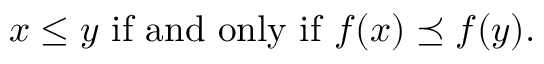
x \leq y { \mathrm { ~ i f ~ a n d ~ o n l y ~ i f ~ } } f ( x ) \preceq f ( y ) .